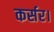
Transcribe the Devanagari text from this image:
कर्सर।